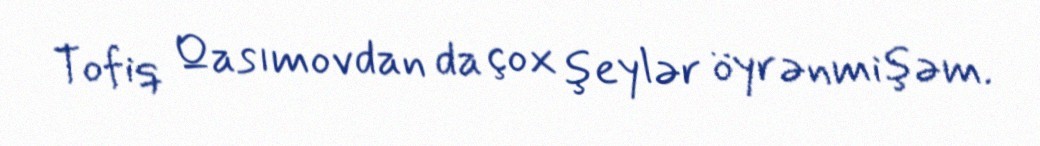
Tofiq Qasımovdan da çox şeylər öyrənmişəm.